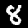
Digit: 8